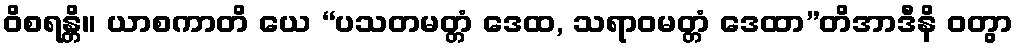
ဝိစရန္တိ။ ယာစကာတိ ယေ “ပသတမတ္တံ ဒေထ, သရာဝမတ္တံ ဒေထာ”တိအာဒီနိ ဝတွာ